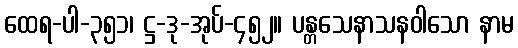
ထေရ-ပါ-၃၅၁၊ ဋ္ဌ-ဒု-အုပ်-၄၅၂။ ပန္တသေနာသနဝါသော နာမ